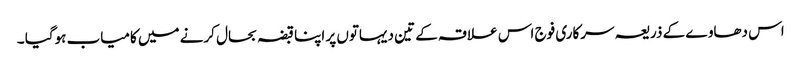
اس دھاوے کے ذریعہ سرکاری فوج اس علاقہ کے تین دیہاتوں پر اپنا قبضہ بحال کرنے میں کامیاب ہوگیا ۔